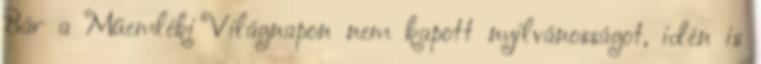
Bár a Műemléki Világnapon nem kapott nyilvánosságot, idén is